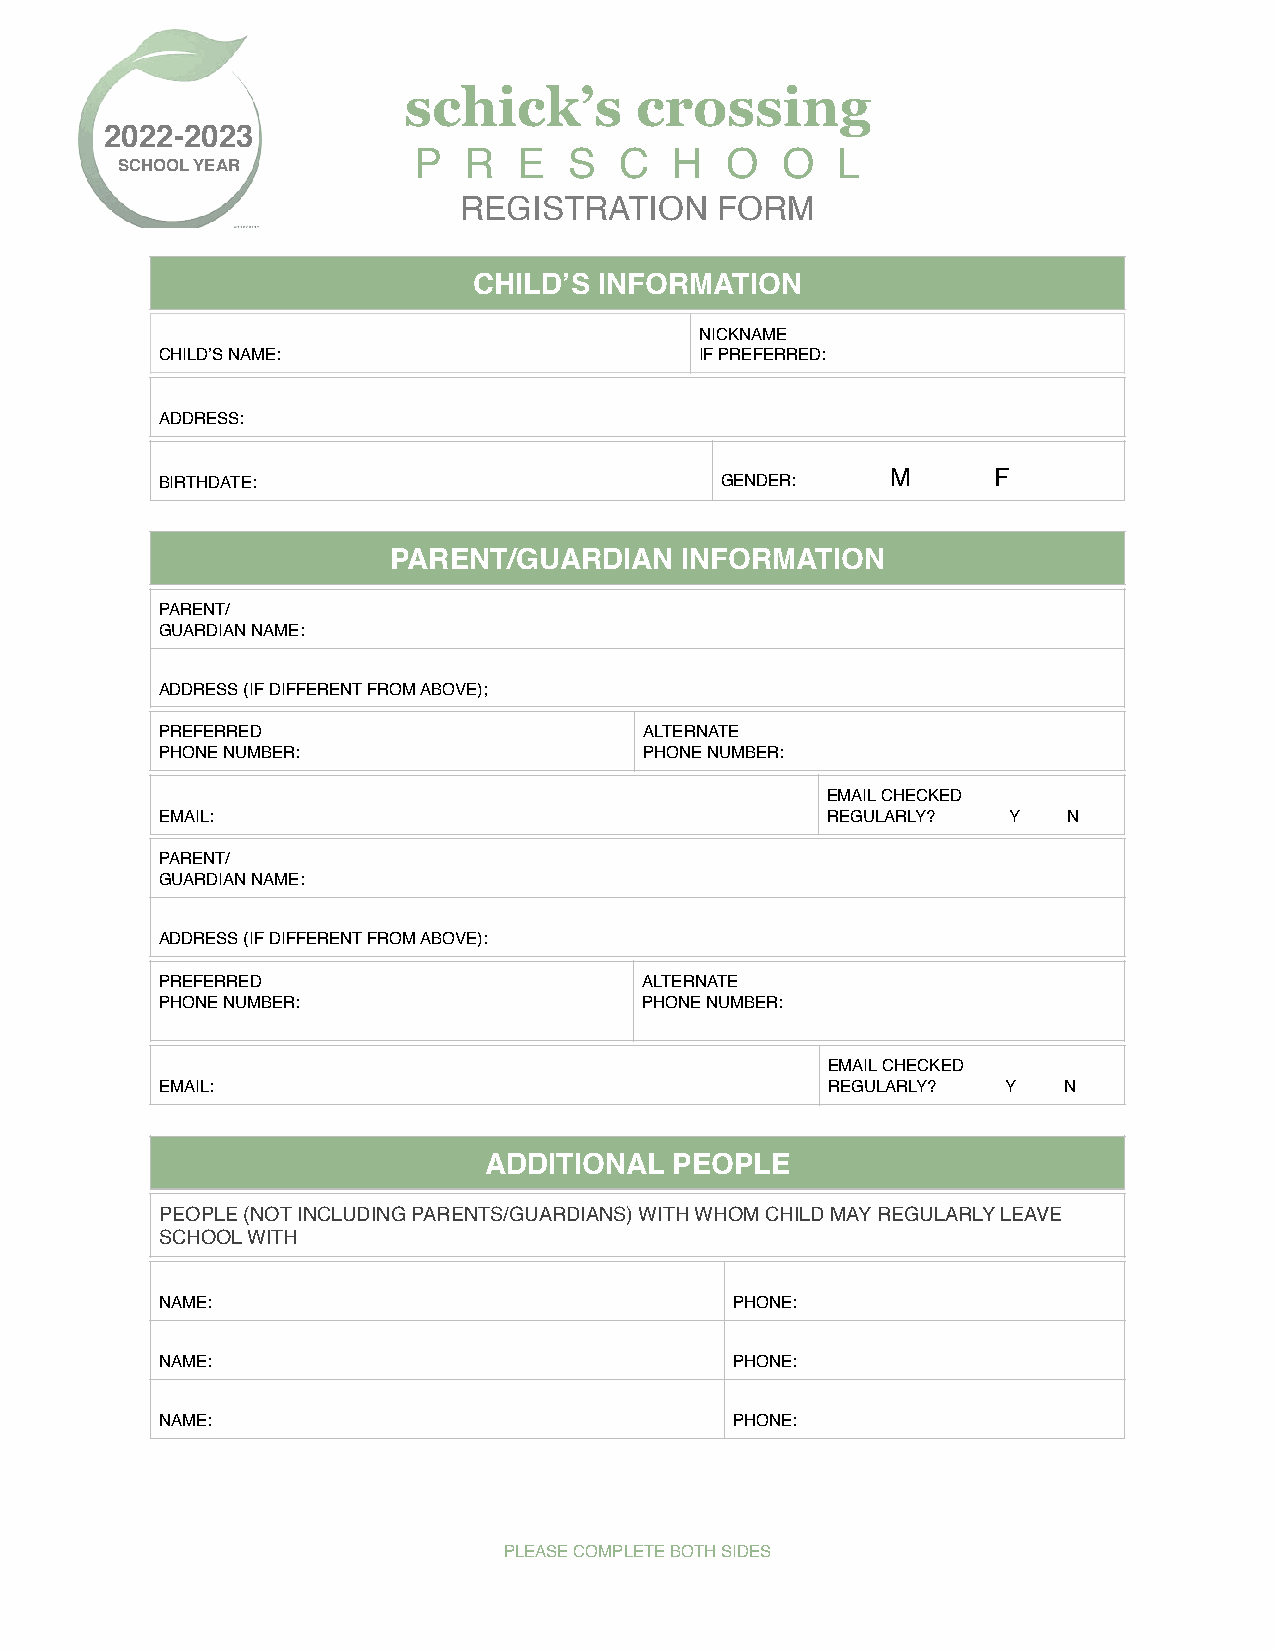
schick’s       crossing
 2022-2023
 P   R  E   S  C   H  O   O  L
 SCHOOL YEAR
 REGISTRATION     FORM
 CHILD’S  INFORMATION
 NICKNAME
 CHILD’S NAME:                      IF PREFERRED:
 ADDRESS:
 M      F
 BIRTHDATE:                           GENDER:
 PARENT/GUARDIAN    INFORMATION
 PARENT/
 GUARDIAN NAME:
 ADDRESS (IF DIFFERENT FROM ABOVE);
 PREFERRED                       ALTERNATE
 PHONE NUMBER:                   PHONE NUMBER:
 EMAIL CHECKED
 EMAIL:                                      REGULARLY?  Y   N
 PARENT/
 GUARDIAN NAME:
 ADDRESS (IF DIFFERENT FROM ABOVE):
 PREFERRED                       ALTERNATE
 PHONE NUMBER:                   PHONE NUMBER:
 EMAIL CHECKED
 EMAIL:                                      REGULARLY?  Y  N
 ADDITIONAL  PEOPLE
 PEOPLE (NOT INCLUDING PARENTS/GUARDIANS) WITH WHOM CHILD MAY REGULARLY LEAVE
 SCHOOL WITH
 NAME:                                 PHONE:
 NAME:                                 PHONE:
 NAME:                                 PHONE:
 PLEASE COMPLETE BOTH SIDES